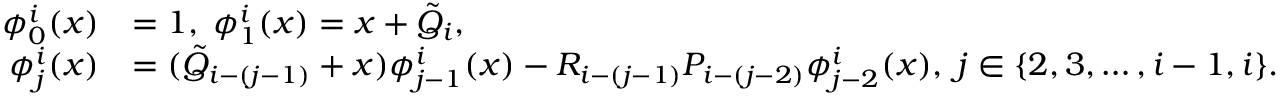
\begin{array} { r l } { \phi _ { 0 } ^ { i } ( x ) } & { = 1 , \; \phi _ { 1 } ^ { i } ( x ) = x + \Tilde { Q } _ { i } , \; } \\ { \phi _ { j } ^ { i } ( x ) } & { = ( \Tilde { Q } _ { i - ( j - 1 ) } + x ) \phi _ { j - 1 } ^ { i } ( x ) - R _ { i - ( j - 1 ) } P _ { i - ( j - 2 ) } \phi _ { j - 2 } ^ { i } ( x ) , \; j \in \{ 2 , 3 , \ldots , i - 1 , i \} . } \end{array}